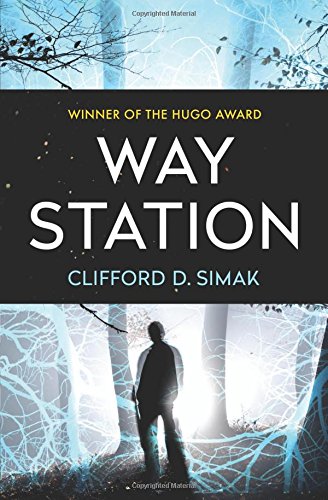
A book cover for Way Station; Clifford D. Simak; Science Fiction & Fantasy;